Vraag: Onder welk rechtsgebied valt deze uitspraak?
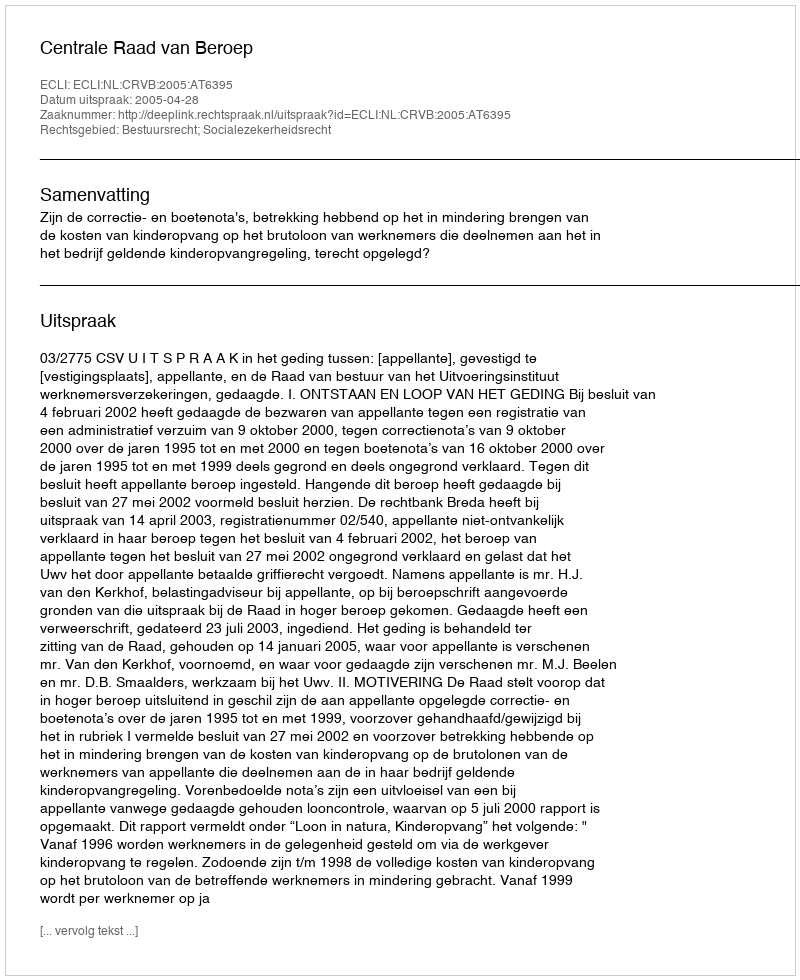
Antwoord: Bestuursrecht; Socialezekerheidsrecht